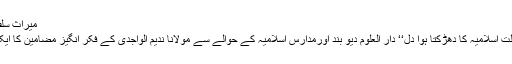
میراثِ سلف کا پاسباں جاتارہا
تعارف وتبصرہ ’’ ملتِ اسلامیہ کا دھڑکتا ہوا دل‘‘ دار العلوم دیو بند اورمدارسِ اسلامیہ کے حوالے سے مولانا ندیم الواجدی کے فکر انگیز مضامین کا ایک بیش قدر مجموعہ